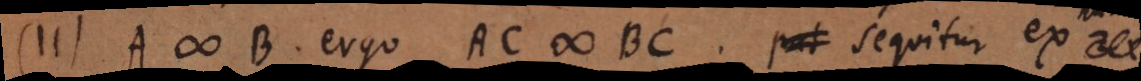
Ergo A # B, ergo AC # BC. Sequitur ex